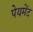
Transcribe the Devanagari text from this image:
पेयमेंट